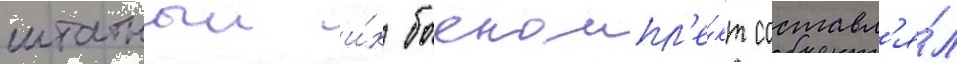
штатныи и́х боекомпл'е́кт составл'я́л